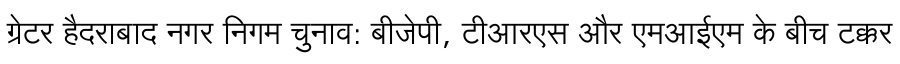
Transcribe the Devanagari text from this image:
ग्रेटर हैदराबाद नगर निगम चुनाव: बीजेपी, टीआरएस और एमआईएम के बीच टक्कर